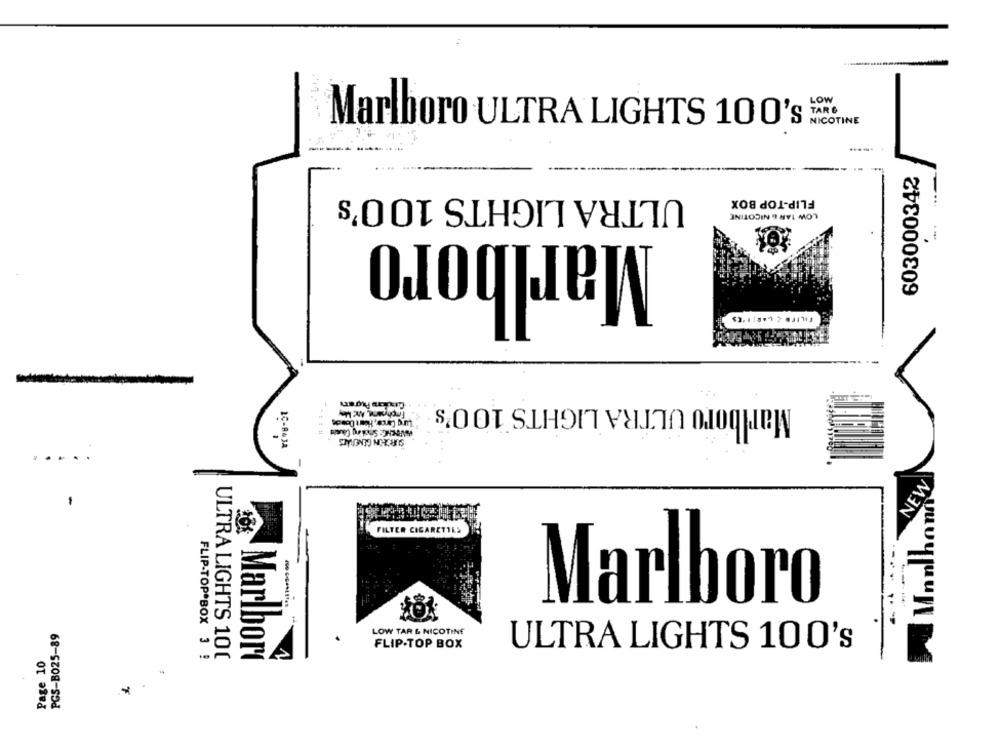
LOW
TAR &
NICOTINE
Marlboro ULTRA LIGHTS 100's
---------
603000342
ULTRA LIGHTS 100's
FLIP-TOP BOX
LOW 1AR & NICOTINE
Marlboro
.
Marlboro ULTRA LIGHTS 100's
Lung Carce, Hort Donde
HAPPENE: Shoting Causes
SURGEON GENERALS
BC - ROSA
....
NEW
Mnohon
FILTER CIGARETTES
Marlboro
PGS-B025-89
LOW TAR & NICOTINE
FLIP-TOP BOX
ULTRA LIGHTS 100's
Page 10
FLIP-TOP BOX 3 !
ULTRA LIGHTS 100
Marlbori